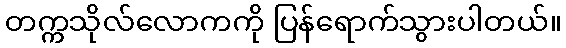
တက္ကသိုလ်လောကကို ပြန်ရောက်သွားပါတယ်။